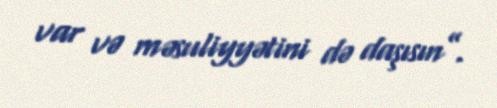
var və məsuliyyətini də daşısın”.